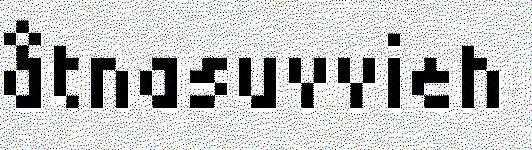
åtnasuvvieh